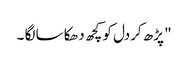
" پڑھ کردل کو کچھ دھکا سا لگا ۔